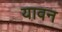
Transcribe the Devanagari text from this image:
यावन